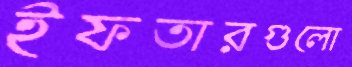
ইফতারগুলো